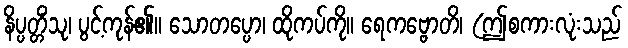
နိပ္ပတ္တိံသု၊ ပွင့်ကုန်၏။ သောတပ္ပော၊ ထိုကပ်ကို။ ရေကဗ္ဗောတိ၊ (ဤစကားလုံးသည်